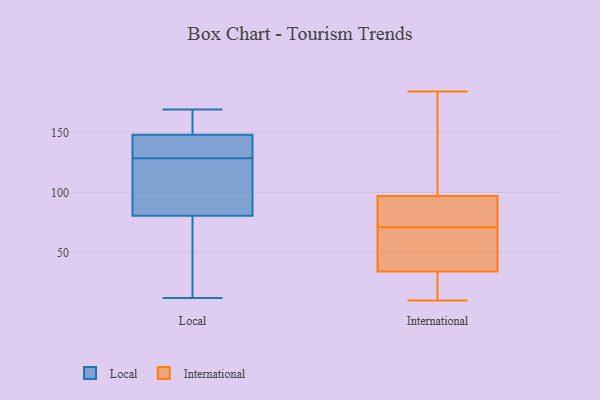
{"axis": {"x": "Satisfaction Score", "y": "Value"}, "legend": ["International", "Local"], "data": [{"x": "", "y": 124, "type": "Local"}, {"x": "", "y": 145, "type": "Local"}, {"x": "", "y": 157, "type": "Local"}, {"x": "", "y": 158, "type": "Local"}, {"x": "", "y": 12, "type": "Local"}, {"x": "", "y": 152, "type": "Local"}, {"x": "", "y": 149, "type": "Local"}, {"x": "", "y": 100, "type": "Local"}, {"x": "", "y": 117, "type": "Local"}, {"x": "", "y": 51, "type": "Local"}, {"x": "", "y": 133, "type": "Local"}, {"x": "", "y": 147, "type": "Local"}, {"x": "", "y": 142, "type": "Local"}, {"x": "", "y": 102, "type": "Local"}, {"x": "", "y": 135, "type": "Local"}, {"x": "", "y": 119, "type": "Local"}, {"x": "", "y": 169, "type": "Local"}, {"x": "", "y": 61, "type": "Local"}, {"x": "", "y": 35, "type": "Local"}, {"x": "", "y": 39, "type": "Local"}, {"x": "", "y": 135, "type": "International"}, {"x": "", "y": 86, "type": "International"}, {"x": "", "y": 97, "type": "International"}, {"x": "", "y": 34, "type": "International"}, {"x": "", "y": 10, "type": "International"}, {"x": "", "y": 92, "type": "International"}, {"x": "", "y": 14, "type": "International"}, {"x": "", "y": 132, "type": "International"}, {"x": "", "y": 76, "type": "International"}, {"x": "", "y": 63, "type": "International"}, {"x": "", "y": 184, "type": "International"}, {"x": "", "y": 66, "type": "International"}, {"x": "", "y": 34, "type": "International"}, {"x": "", "y": 11, "type": "International"}]}